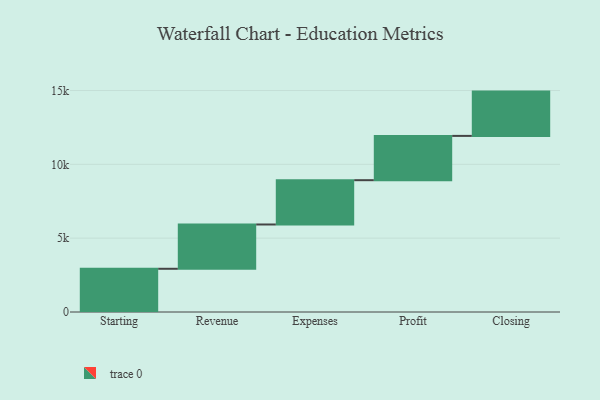
{"axis": {"x": "Step", "y": "Value"}, "legend": [""], "data": [{"x": "Starting", "y": 2927.0, "type": ""}, {"x": "Revenue", "y": 3000, "type": ""}, {"x": "Expenses", "y": 3000, "type": ""}, {"x": "Profit", "y": 3000, "type": ""}, {"x": "Closing", "y": 3000, "type": ""}]}